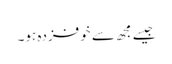
جیسے مجھ سے خوفزدہ ہو۔